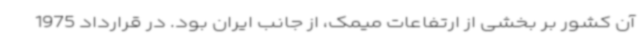
آن کشور بر بخشی از ارتفاعات میمک، از جانب ایران بود. در قرارداد 1975